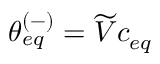
\theta _ { e q } ^ { ( - ) } = \widetilde { V } c _ { e q }